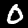
Label: 0